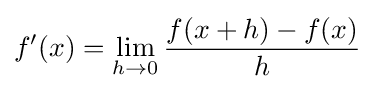
f'(x)=\lim _{h\rightarrow 0}{\frac {f(x+h)-f(x)}{h}}